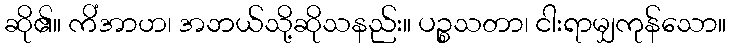
ဆို၏။ ကိံအာဟ၊ အဘယ်သို့ဆိုသနည်း။ ပဉ္စသတာ၊ ငါးရာမျှကုန်သော။